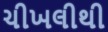
ચીખલીથી